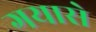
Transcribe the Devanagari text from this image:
गयासे